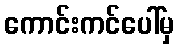
ကောင်းကင်ပေါ်မှ